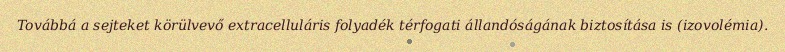
Továbbá a sejteket körülvevő extracelluláris folyadék térfogati állandóságának biztosítása is (izovolémia).